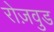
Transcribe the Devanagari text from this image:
रोज़वुड